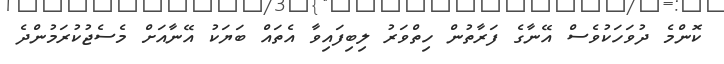
ކޮންމެ ދުވަހަކުވެސް އޭނާގެ ފަރާތުން ހިތްވަރު ލިބިފައިވާ އެތައް ބަޔަކު އޭނާއަށް މެސެޖުކުރަމުންދެ